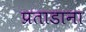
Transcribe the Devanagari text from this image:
प्रताडाना